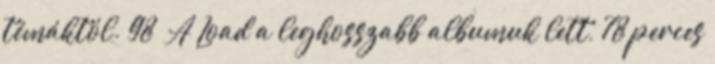
témáktól. 98 A Load a leghosszabb albumuk lett, 78 perces